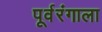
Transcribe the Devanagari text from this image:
पूर्वरंगाला